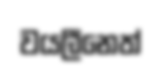
වයලීනෙත්